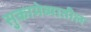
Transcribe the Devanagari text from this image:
सुकामेव्यातील